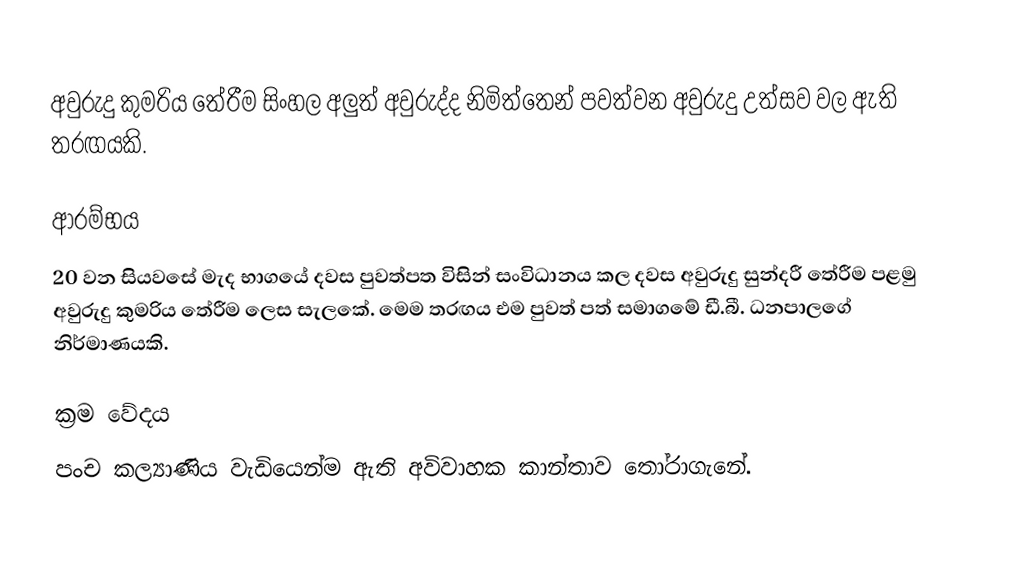
අවුරුදු කුමරිය තේරීම සිංහල අලුත් අවුරුද්ද නිමිත්තෙන් පවත්වන අවුරුදු උත්සව වල ඇති තරඟයකි.

ආරම්භය
20 වන සියවසේ මැද භාගයේ දවස පුවත්පත විසින් සංවිධානය කල දවස අවුරුදු සුන්දරී තේරීම පළමු අවුරුදු කුමරිය තේරීම ලෙස සැලකේ. මෙම තරඟය එම පුවත් පත් සමාගමේ ඩී.බී. ධනපාලගේ නිර්මාණයකි.

ක්‍රම වේදය
පංච කල්‍යාණිය වැඩියෙන්ම ඇති අවිවාහක කාන්තාව තෝරාගැනේ.